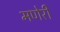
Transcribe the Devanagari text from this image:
मणेरी